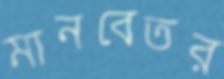
মানবেতর